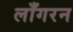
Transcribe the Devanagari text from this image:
लाँगरन